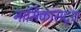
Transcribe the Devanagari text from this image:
नासिकासदृश